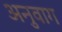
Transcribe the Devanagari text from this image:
अनुवाग